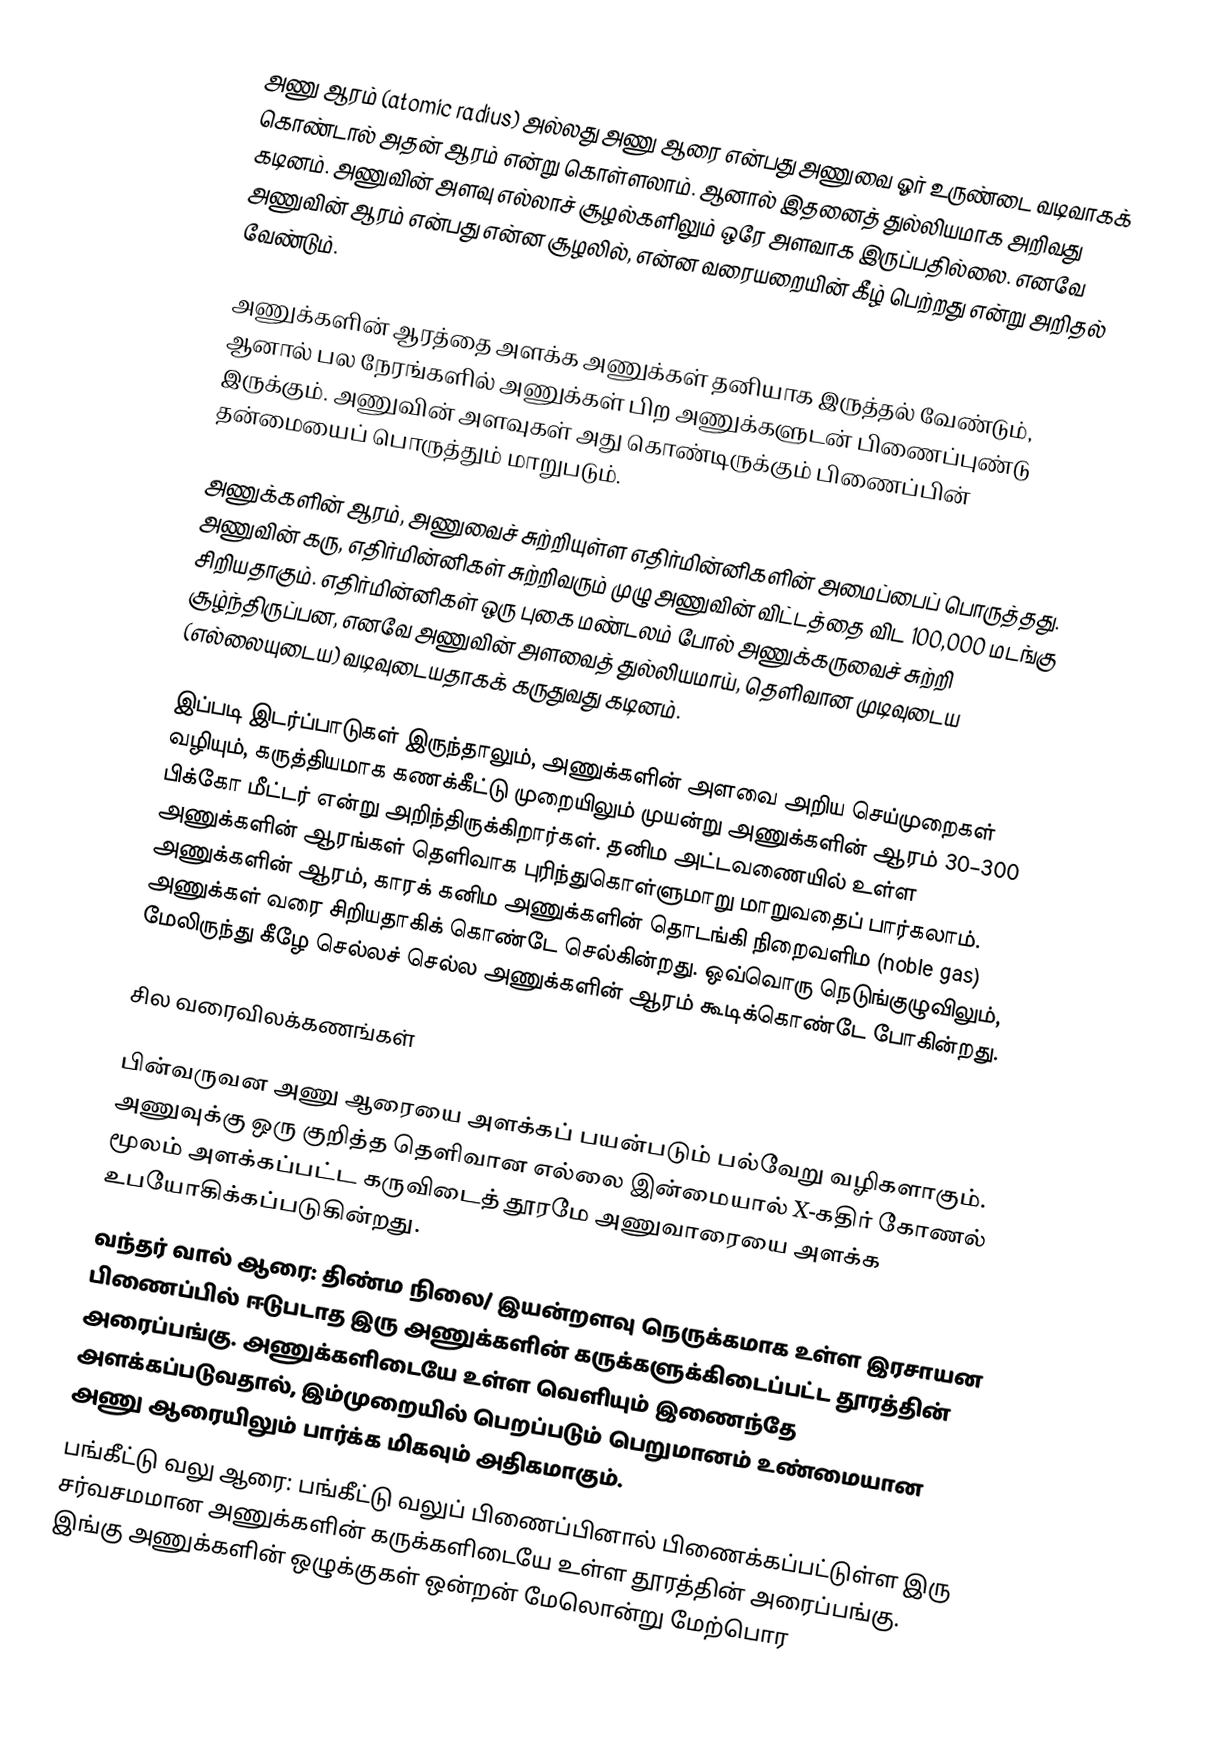
அணு ஆரம் (atomic radius) அல்லது அணு ஆரை என்பது அணுவை ஓர் உருண்டை வடிவாகக் கொண்டால் அதன் ஆரம் என்று கொள்ளலாம். ஆனால் இதனைத் துல்லியமாக அறிவது கடினம். அணுவின் அளவு எல்லாச் சூழல்களிலும் ஒரே அளவாக இருப்பதில்லை. எனவே அணுவின் ஆரம் என்பது என்ன சூழலில், என்ன வரையறையின் கீழ் பெற்றது என்று அறிதல் வேண்டும்.

அணுக்களின் ஆரத்தை அளக்க அணுக்கள் தனியாக இருத்தல் வேண்டும், ஆனால் பல நேரங்களில் அணுக்கள் பிற அணுக்களுடன் பிணைப்புண்டு இருக்கும். அணுவின் அளவுகள் அது கொண்டிருக்கும் பிணைப்பின் தன்மையைப் பொருத்தும் மாறுபடும்.

அணுக்களின் ஆரம், அணுவைச் சுற்றியுள்ள எதிர்மின்னிகளின் அமைப்பைப் பொருத்தது. அணுவின் கரு, எதிர்மின்னிகள் சுற்றிவரும் முழு அணுவின் விட்டத்தை விட 100,000 மடங்கு சிறியதாகும். எதிர்மின்னிகள் ஒரு புகை மண்டலம் போல் அணுக்கருவைச் சுற்றி சூழ்ந்திருப்பன, எனவே அணுவின் அளவைத் துல்லியமாய், தெளிவான முடிவுடைய (எல்லையுடைய) வடிவுடையதாகக் கருதுவது கடினம்.

இப்படி இடர்ப்பாடுகள் இருந்தாலும், அணுக்களின் அளவை அறிய செய்முறைகள் வழியும், கருத்தியமாக கணக்கீட்டு முறையிலும் முயன்று அணுக்களின் ஆரம் 30–300 பிக்கோ மீட்டர் என்று அறிந்திருக்கிறார்கள். தனிம அட்டவணையில் உள்ள அணுக்களின் ஆரங்கள் தெளிவாக புரிந்துகொள்ளுமாறு மாறுவதைப் பார்கலாம். அணுக்களின் ஆரம், காரக் கனிம அணுக்களின் தொடங்கி நிறைவளிம (noble gas) அணுக்கள் வரை சிறியதாகிக் கொண்டே செல்கின்றது. ஒவ்வொரு நெடுங்குழுவிலும், மேலிருந்து கீழே செல்லச் செல்ல அணுக்களின் ஆரம் கூடிக்கொண்டே போகின்றது.

சில வரைவிலக்கணங்கள்

பின்வருவன அணு ஆரையை அளக்கப் பயன்படும் பல்வேறு வழிகளாகும். அணுவுக்கு ஒரு குறித்த தெளிவான எல்லை இன்மையால்  X-கதிர் கோணல்  மூலம் அளக்கப்பட்ட கருவிடைத் தூரமே அணுவாரையை அளக்க உபயோகிக்கப்படுகின்றது.
 வந்தர் வால் ஆரை: திண்ம நிலை/ இயன்றளவு நெருக்கமாக உள்ள இரசாயன பிணைப்பில் ஈடுபடாத இரு அணுக்களின் கருக்களுக்கிடைப்பட்ட தூரத்தின் அரைப்பங்கு. அணுக்களிடையே உள்ள வெளியும் இணைந்தே அளக்கப்படுவதால், இம்முறையில் பெறப்படும் பெறுமானம் உண்மையான அணு ஆரையிலும் பார்க்க மிகவும் அதிகமாகும்.
 பங்கீட்டு வலு ஆரை: பங்கீட்டு வலுப் பிணைப்பினால் பிணைக்கப்பட்டுள்ள இரு சர்வசமமான அணுக்களின் கருக்களிடையே உள்ள தூரத்தின் அரைப்பங்கு. இங்கு அணுக்களின் ஒழுக்குகள் ஒன்றன் மேலொன்று மேற்பொர